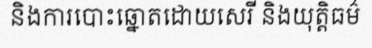
និងការបោះឆ្នោតដោយសេរី និងយុត្តិធម៌